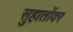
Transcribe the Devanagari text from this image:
सुहार्तोवर